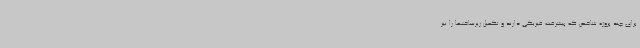
برای چند پروژه شاخص که پیشرفت فیزیکی دارند و تکمیل زیرساختها را نیز